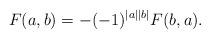
LaTeX: \begin{align*}F(a,b) =-(-1)^{|a||b|}F(b,a).\end{align*}